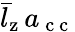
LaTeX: \bar{l}_{\mathrm{z}}\, a_{\mathrm{~c~c~}}